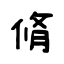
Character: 脩